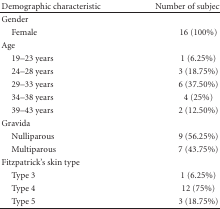
<table><thead><tr><td><b>Demographic characteristic</b></td><td><b>Number of subjects (%)</b></td></tr></thead><tbody><tr><td>Gender</td><td></td></tr><tr><td> Female</td><td>16 (100%)</td></tr><tr><td>Age</td><td></td></tr><tr><td> 19–23 years</td><td>1 (6.25%)</td></tr><tr><td> 24–28 years</td><td>3 (18.75%)</td></tr><tr><td> 29–33 years</td><td>6 (37.50%)</td></tr><tr><td> 34–38 years</td><td>4 (25%)</td></tr><tr><td> 39–43 years</td><td>2 (12.50%)</td></tr><tr><td>Gravida</td><td></td></tr><tr><td> Nulliparous</td><td>9 (56.25%)</td></tr><tr><td> Multiparous</td><td>7 (43.75%)</td></tr><tr><td>Fitzpatrick&#x27;s skin type</td><td></td></tr><tr><td> Type 3</td><td>1 (6.25%)</td></tr><tr><td> Type 4</td><td>12 (75%)</td></tr><tr><td> Type 5</td><td>3 (18.75%)</td></tr></tbody></table>